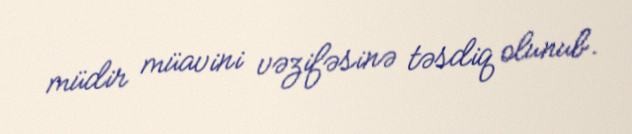
müdir müavini vəzifəsinə təsdiq olunub.